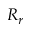
R _ { r }